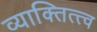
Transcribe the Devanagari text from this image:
व्याक्तित्त्व